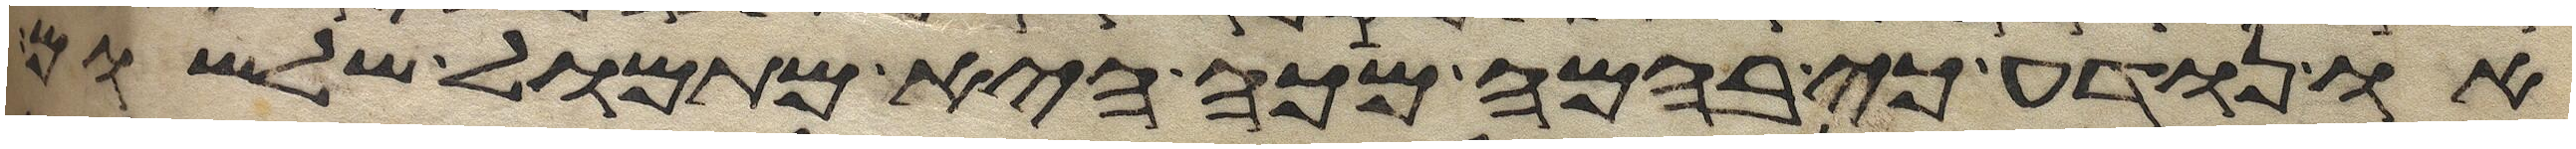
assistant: או נודע כי בהמה מכה היא מתמול שלשום